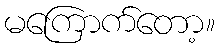
မကြောက်တော့။